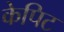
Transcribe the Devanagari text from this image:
केपिट